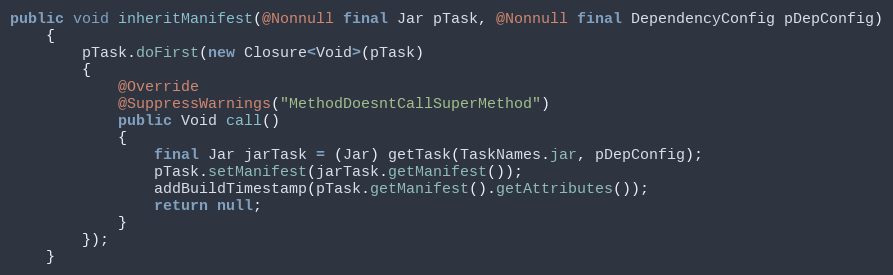
Language: Java
public void inheritManifest(@Nonnull final Jar pTask, @Nonnull final DependencyConfig pDepConfig)
    {
        pTask.doFirst(new Closure<Void>(pTask)
        {
            @Override
            @SuppressWarnings("MethodDoesntCallSuperMethod")
            public Void call()
            {
                final Jar jarTask = (Jar) getTask(TaskNames.jar, pDepConfig);
                pTask.setManifest(jarTask.getManifest());
                addBuildTimestamp(pTask.getManifest().getAttributes());
                return null;
            }
        });
    }